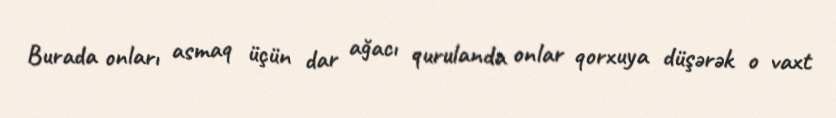
Burada onları asmaq üçün dar ağacı qurulanda onlar qorxuya düşərək o vaxt